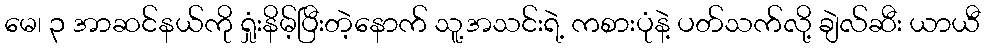
မေ၊ ၃ အာဆင်နယ်ကို ရှုံးနိမ့်ပြီးတဲ့နောက် သူ့အသင်းရဲ့ ကစားပုံနဲ့ ပတ်သက်လို့ ချဲလ်ဆီး ယာယီ